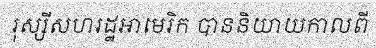
រុស្សីសហរដ្ឋអាមេរិក បាននិយាយកាលពី